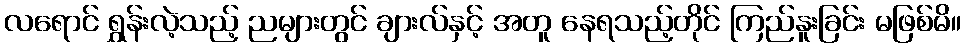
လရောင် ရွှန်းလဲ့သည့် ညများတွင် ချားလ်နှင့် အတူ နေရသည့်တိုင် ကြည်နူးခြင်း မဖြစ်မိ။